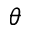
\theta